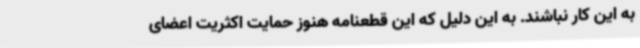
به این کار نباشند. به این دلیل که این قطعنامه هنوز حمایت اکثریت اعضای